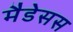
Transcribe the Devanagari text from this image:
मैडेसस